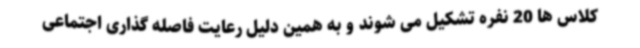
کلاس ها 20 نفره تشکیل می شوند و به همین دلیل رعایت فاصله گذاری اجتماعی